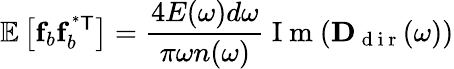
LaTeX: \mathbb{E}\left[\mathbf{f}_{b}\mathbf{f}_{b}^{\mathsf{^{*}T}}\right]=\frac{4E(\omega)d\omega}{\pi\omega n(\omega)}\mathrm{~I~m~}(\mathbf{D}_{\mathrm{~d~i~r~}}(\omega))